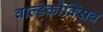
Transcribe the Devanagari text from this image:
वाल्डेकौक्सिब